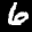
Label: 6